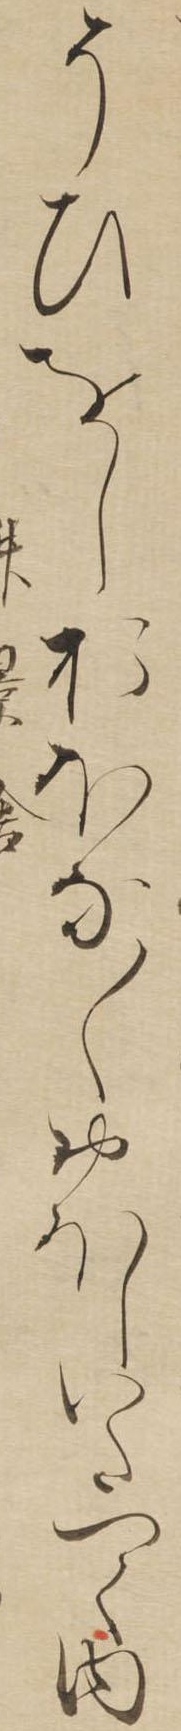
そひをしおほな〱おほしいたつく内